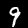
Digit: 9